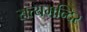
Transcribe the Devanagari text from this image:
सत्यमन्दिर